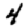
Digit: 4